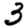
Digit: 3